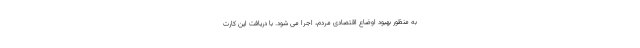
به منظور بهبود اوضاع اقتصادی مردم، اجرا می شود. با دریافت این کارت